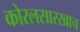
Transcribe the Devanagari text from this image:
कोरलसारखाच